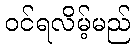
ဝင်ရလိမ့်မည်